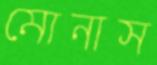
মোনাস